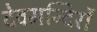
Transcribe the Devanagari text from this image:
देवमन्दिरों